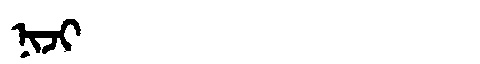
Manchu: ᠨᡳᠵᡳ
Romanization: NIJI